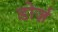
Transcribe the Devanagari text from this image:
डोर्ज़